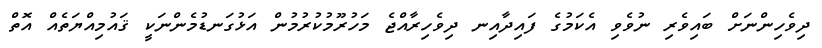
ދިވެހިންނަށް ބައިވެރި ނުވެވި އެކަމުގެ ފައިދާއިނ ދިވެހިރާއްޖެ މަހުރޫމުކުރުމުން އަޅުގަނޑުމެންނަކީ ޤައުމިއްޔަތެއް އޮތް